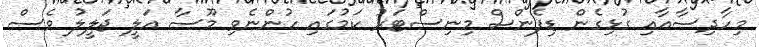
މިހާދިސާއާއި ގުޅިގެން ޑިފެންސް މިނިސްޓަރު ކަމުގައި ހުންނެވި މޫސާ އަލީ ޖަލީލު ވެސް